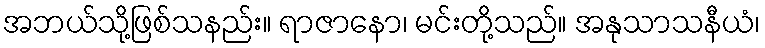
အဘယ်သို့ဖြစ်သနည်း။ ရာဇာနော၊ မင်းတို့သည်။ အနုသာသနီယံ၊